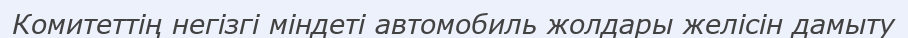
Комитеттің негізгі міндеті автомобиль жолдары желісін дамыту